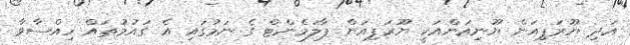
އަދި ޔޫރަޕިއަން ޔޫނިއަންއަކީ ޔޫރަޕިއަން ޕާލަމެންޓް ގެ ނަމުގައި އެ ގައުމުތައް ހިއްސާވާ